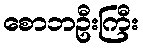
စောဘဦးကြီး